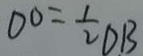
o o = \frac { 1 } { 2 } D B